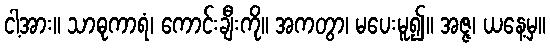
ငါ့အား။ သာဓုကာရံ၊ ကောင်းချီးကို။ အကတွာ၊ မပေးမူ၍။ အဇ္ဇ၊ ယနေ့မှ။